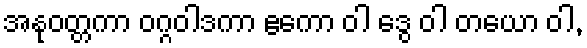
အနုဝတ္တကာ ဝဂ္ဂဝါဒကာ ဧကော ဝါ ဒွေ ဝါ တယော ဝါ,